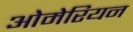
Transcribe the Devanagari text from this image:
ओमेरियन